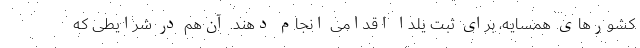
کشورهای همسایه، برای ثبت یلدا اقدامی انجام دهند. آن‌هم در شرایطی که